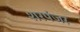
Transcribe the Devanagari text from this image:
शरपंजर